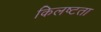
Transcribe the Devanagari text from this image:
किलष्टता